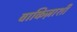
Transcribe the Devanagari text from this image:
वाकिज़ाशी